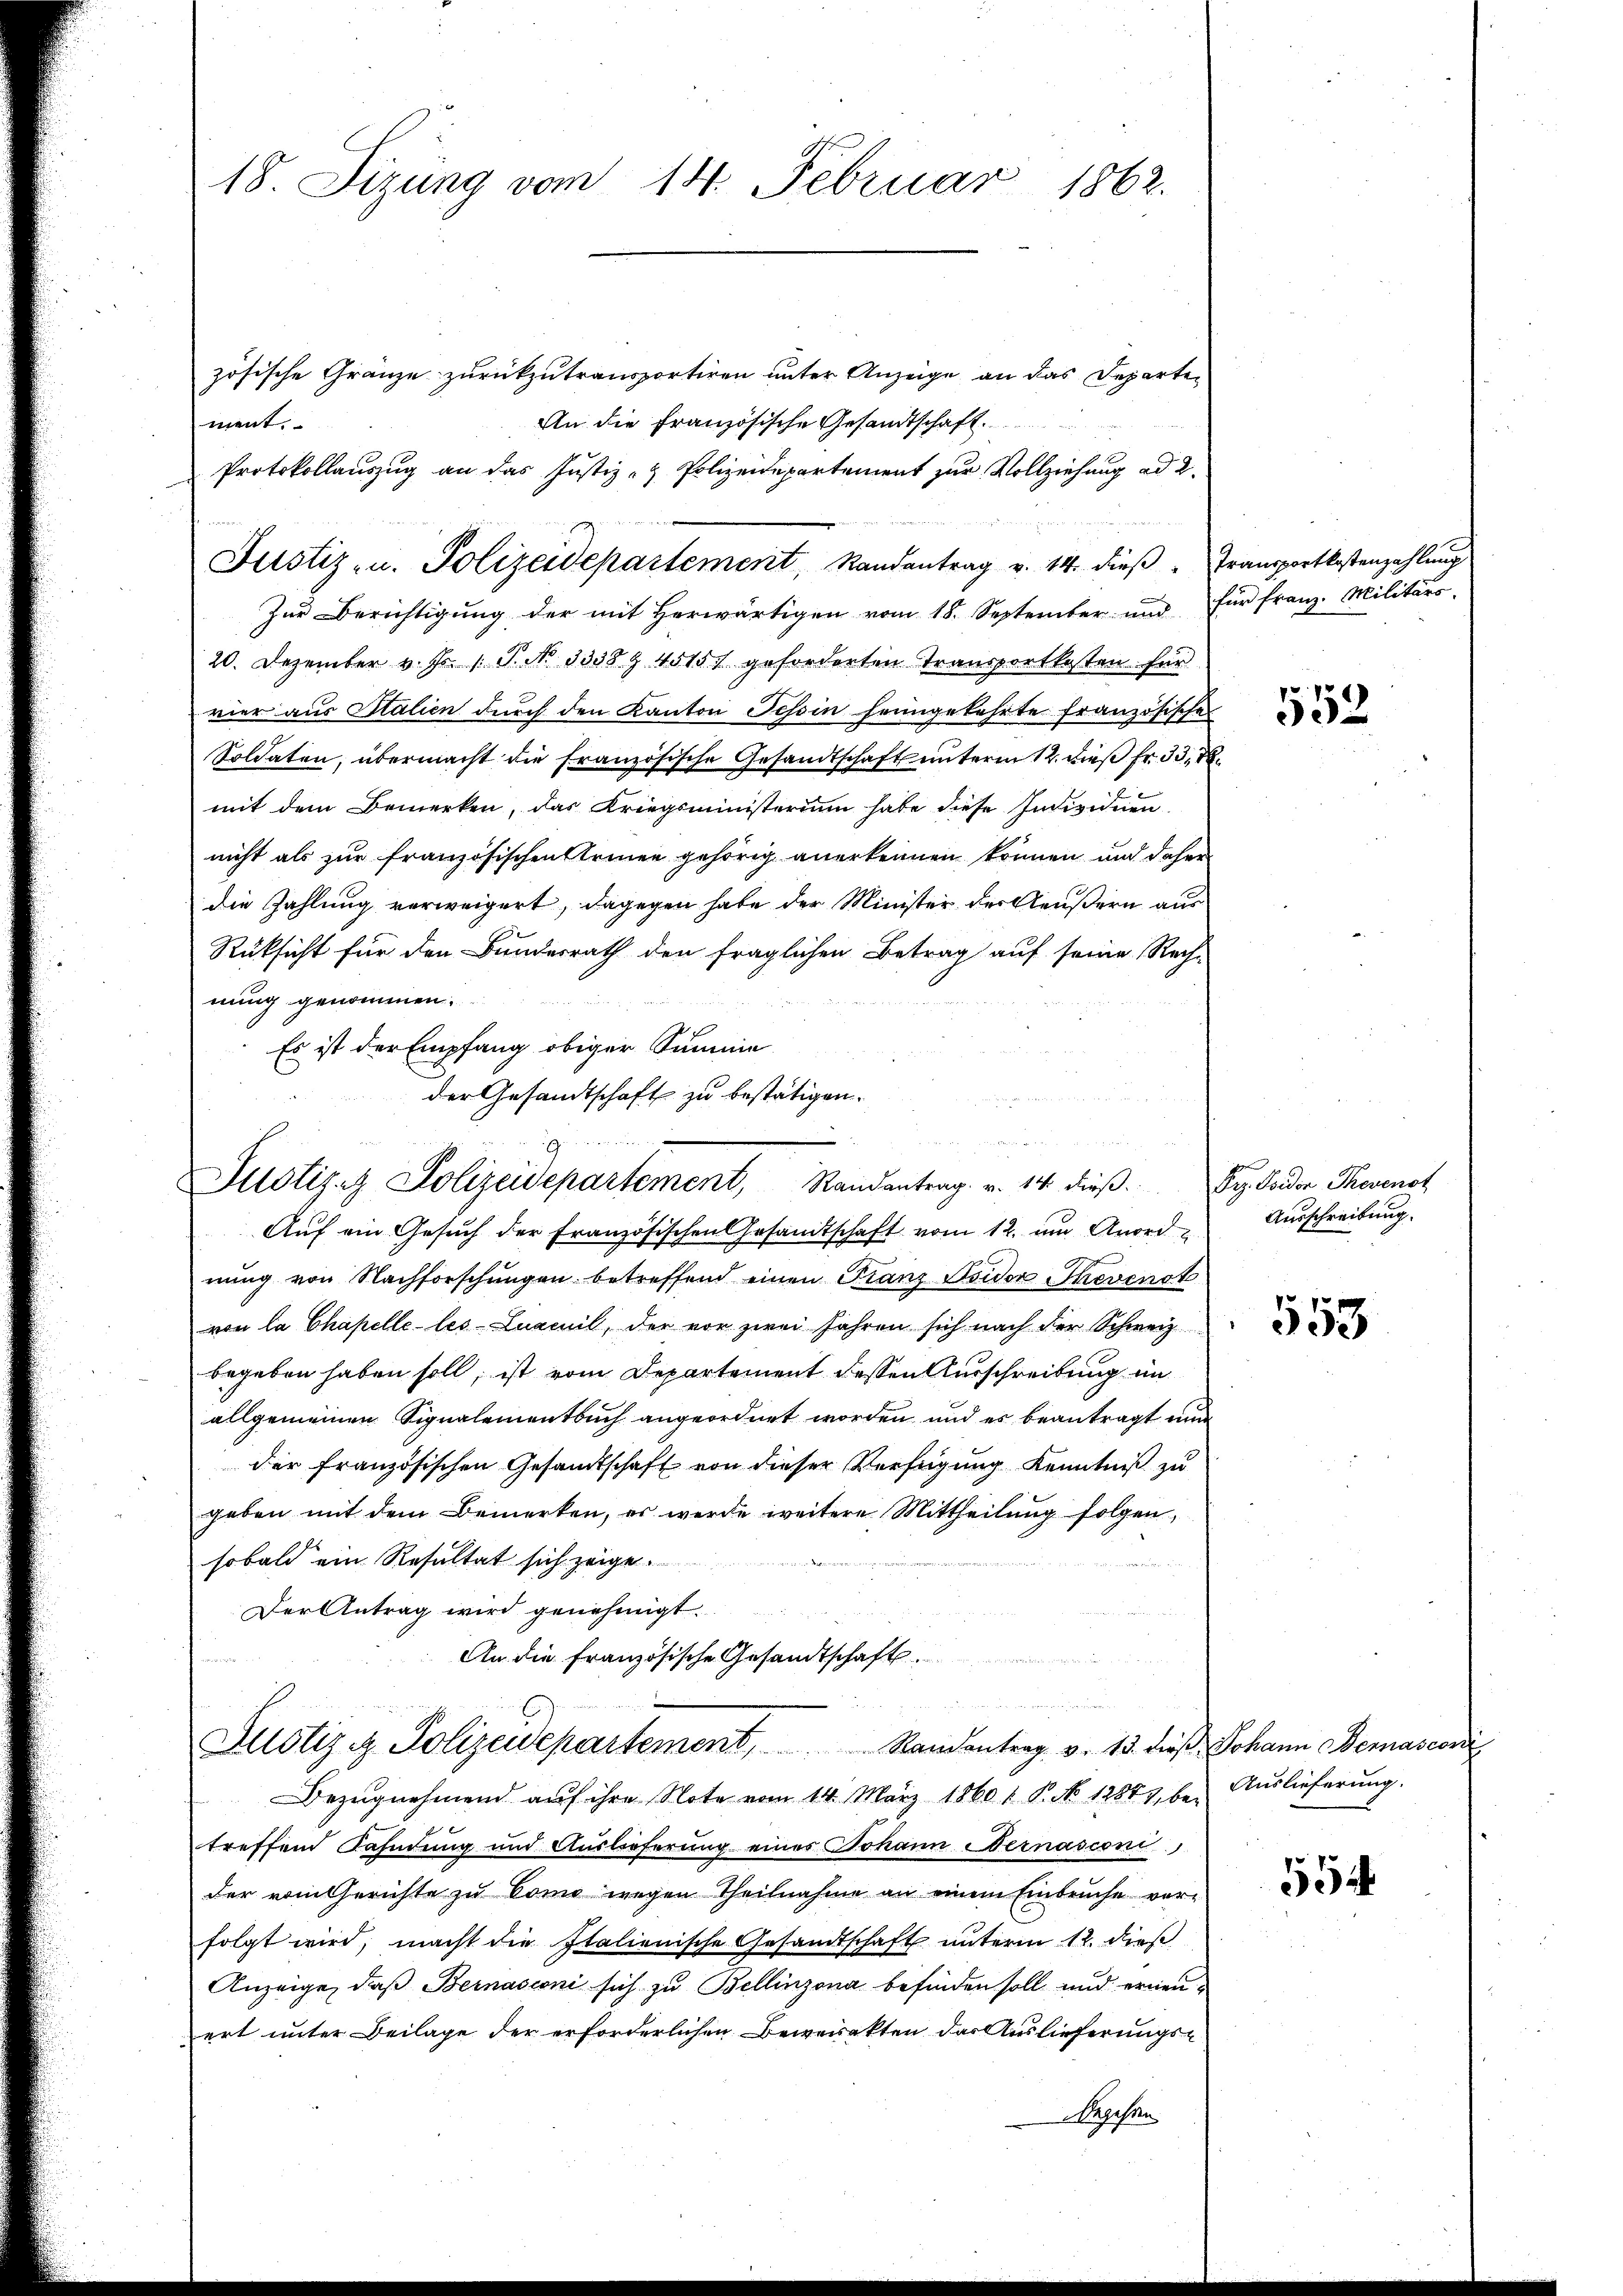
18. Sizung vom 14. Februar 1862.

Justiz- u. Polizeidepartement Randantrag v. 14. dieβ " Transportkostenzahlŭng

zösische Gränze zurückzutransportiren unter Anzeige an das Departen
An die Französische Gesandtschaft.
ment.
Protokollauszug an das Justiz- & Polizeidepartement zur Vollziehung ad 2.
Zur Berichtigung der mit herwärtigen vom 18. September und für franz. Militärs-
20. Dezember v. Js. 1. P. N. 3338. 45157 geforderten Transportkosten für
vier aus Stalien durch den Kanton Tessin heimgekehrte französisches
Soldaten, übermacht die französische Gesandtschaft unterm 12. dieß Fr. 33,
mit dem Bemerken, das Kriegsministerium habe diese Individuen.
nicht als zur französischen Armen gehörig anerkennen können und daher
die Zahlung verweigert, dagegen habe der Minister der Aeußern aus
Rüksicht für den Bundesrath den fraglichen Betrag auf seine Rech-
nung genommen.
d
Es ist der Empfang obiger Summe
der Gesandtschaft zu bestätigen.

Justiz- Polizeidepartement, Randantrag. v. 14. dieß. Dez. Soder Therenst

Aŭf ein Gesŭch der Französischen Gesandtschaft vom 12. um Anord
nŭng von Nachforschŭngen betreffend einen Franz Isidor Thevenot
von la Chapelle-les-Luaeil, der vor zwei Jahren sich nach der Schweiz
begeben haben soll, ist vom Departement dessen Ausschreibung im
allgemeinen Signalementbuch angeordnet worden und es beantragt nun
der französischen Gesandtschaft von dieser Verfügung Kenntniß zu
geben mit dem Bemerken, es werde weitere Mittheilung folgen,
sobald ein Resultat sich zeige.
Der Antrag wird genehmigt.
An die Französische Gesandtschaft.
u

Justiz & Polizeidepartement Randantrag v. 13. dieß Johann ernascovi
Bezugnehmend auf ihre Note vom 14. März 1860 1 P. No 12883, bei Auslieferung.

treffend Kahndung und Auslieferung eines Johann Hernasconi
der vom Gerichte zu Como wegen Theilnahme an einem Einbruche vorfolgt wird, macht die Italienische Gesandtschaft unterm 12. dieß
Anzeige, daß Bernasconi sich zu Bellinzona befinden soll und erneuert unter Beilage der erforderlichen Bewerckten der Auslieferungs-
Angesan

552

Ausschreibung.

553

554